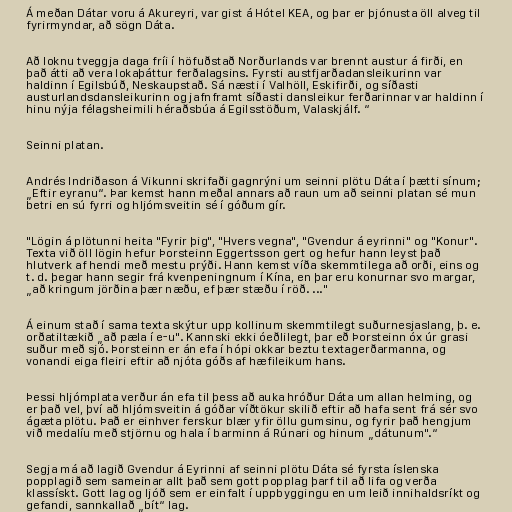
Á meðan Dátar voru á Akureyri, var gist á Hótel KEA, og þar er þjónusta öll alveg til
fyrirmyndar, að sögn Dáta.

Að loknu tveggja daga fríi í höfuðstað Norðurlands var brennt austur á firði, en
það átti að vera lokaþáttur ferðalagsins. Fyrsti austfjarðadansleikurinn var
haldinn í Egilsbúð, Neskaupstað. Sá næsti í Valhöll, Eskifirði, og síðasti
austurlandsdansleikurinn og jafnframt síðasti dansleikur ferðarinnar var haldinn í
hinu nýja félagsheimili héraðsbúa á Egilsstöðum, Valaskjálf. “

Seinni platan.

Andrés Indriðason á Vikunni skrifaði gagnrýni um seinni plötu Dáta í þætti sínum;
„Eftir eyranu“. Þar kemst hann meðal annars að raun um að seinni platan sé mun
betri en sú fyrri og hljómsveitin sé í góðum gír.

"Lögin á plötunni heita "Fyrir þig", "Hvers vegna", "Gvendur á eyrinni" og "Konur".
Texta við öll lögin hefur Þorsteinn Eggertsson gert og hefur hann leyst það
hlutverk af hendi með mestu prýði. Hann kemst víða skemmtilega að orði, eins og
t. d. þegar hann segir frá kvenpeningnum í Kína, en þar eru konurnar svo margar,
„að kringum jörðina þær næðu, ef þær stæðu í röð. ..."

Á einum stað í sama texta skýtur upp kollinum skemmtilegt suðurnesjaslang, þ. e.
orðatiltækið „að pæla í e-u". Kannski ekki óeðlilegt, þar eð Þorsteinn óx úr grasi
suður með sjó. Þorsteinn er án efa í hópi okkar beztu textagerðarmanna, og
vonandi eiga fleiri eftir að njóta góðs af hæfileikum hans.

Þessi hljómplata verður án efa til þess að auka hróður Dáta um allan helming, og
er það vel, því að hljómsveitin á góðar víðtökur skilið eftir að hafa sent frá sér svo
ágæta plötu. Það er einhver ferskur blær yfir öllu gumsinu, og fyrir það hengjum
við medalíu með stjörnu og hala í barminn á Rúnari og hinum „dátunum".“

Segja má að lagið Gvendur á Eyrinni af seinni plötu Dáta sé fyrsta íslenska
popplagið sem sameinar allt það sem gott popplag þarf til að lifa og verða
klassískt. Gott lag og ljóð sem er einfalt í uppbyggingu en um leið innihaldsríkt og
gefandi, sannkallað „bít“ lag.